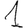
Digit: 1